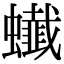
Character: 䘂